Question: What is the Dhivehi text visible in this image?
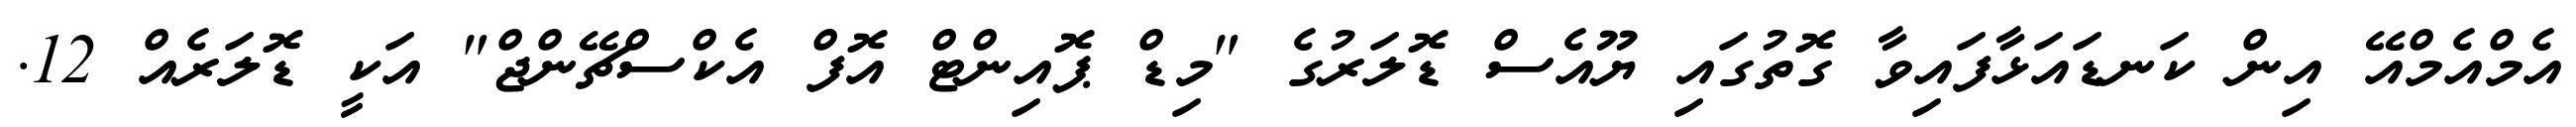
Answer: އެމްއެމްއޭ އިން ކަނޑައަޅާފައިވާ ގޮތުގައި ޔޫއެސް ޑޮލަރުގެ "މިޑް ޕޮއިންޓް އޮފް އެކްސްޗޭންޖް" އަކީ ޑޮލަރެއް 12.